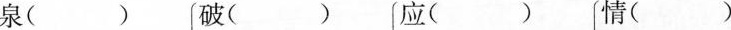
泉（ ）破（ ）应（ ） 情（ ）